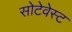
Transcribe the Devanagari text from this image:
सोटेवेस्ट